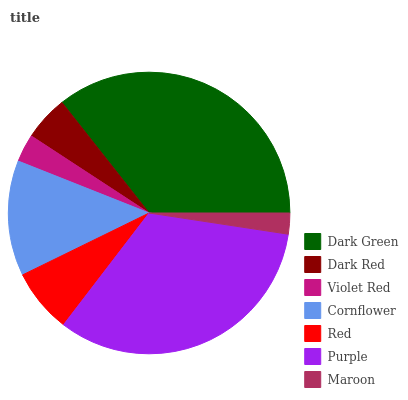
| Dark Green | Dark Red | Violet Red | Cornflower | Red | Purple | Maroon |
 | --- | --- | --- | --- | --- | --- | --- |
 | 35.7% | 5.16% | 3.22% | 13.3% | 7.35% | 33% | 2.4% |